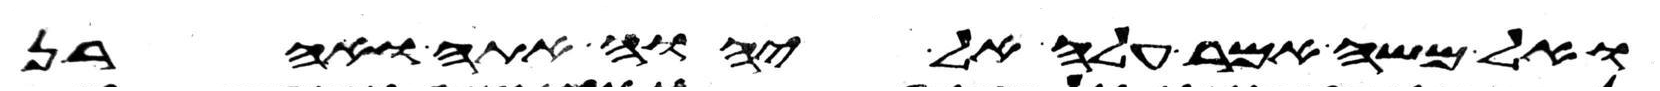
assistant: ואל משה אמר עלה אל יהוה אתה ואהרן